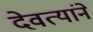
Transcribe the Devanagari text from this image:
देवत्यांने